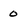
Character: 0